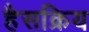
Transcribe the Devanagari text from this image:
हैसक्रिय